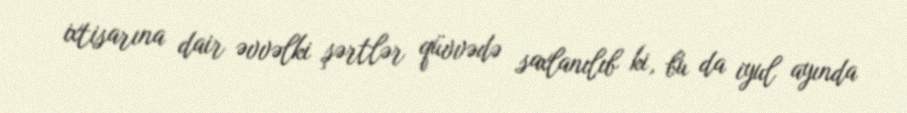
ixtisarına dair əvvəlki şərtlər qüvvədə saxlanılıb ki, bu da iyul ayında